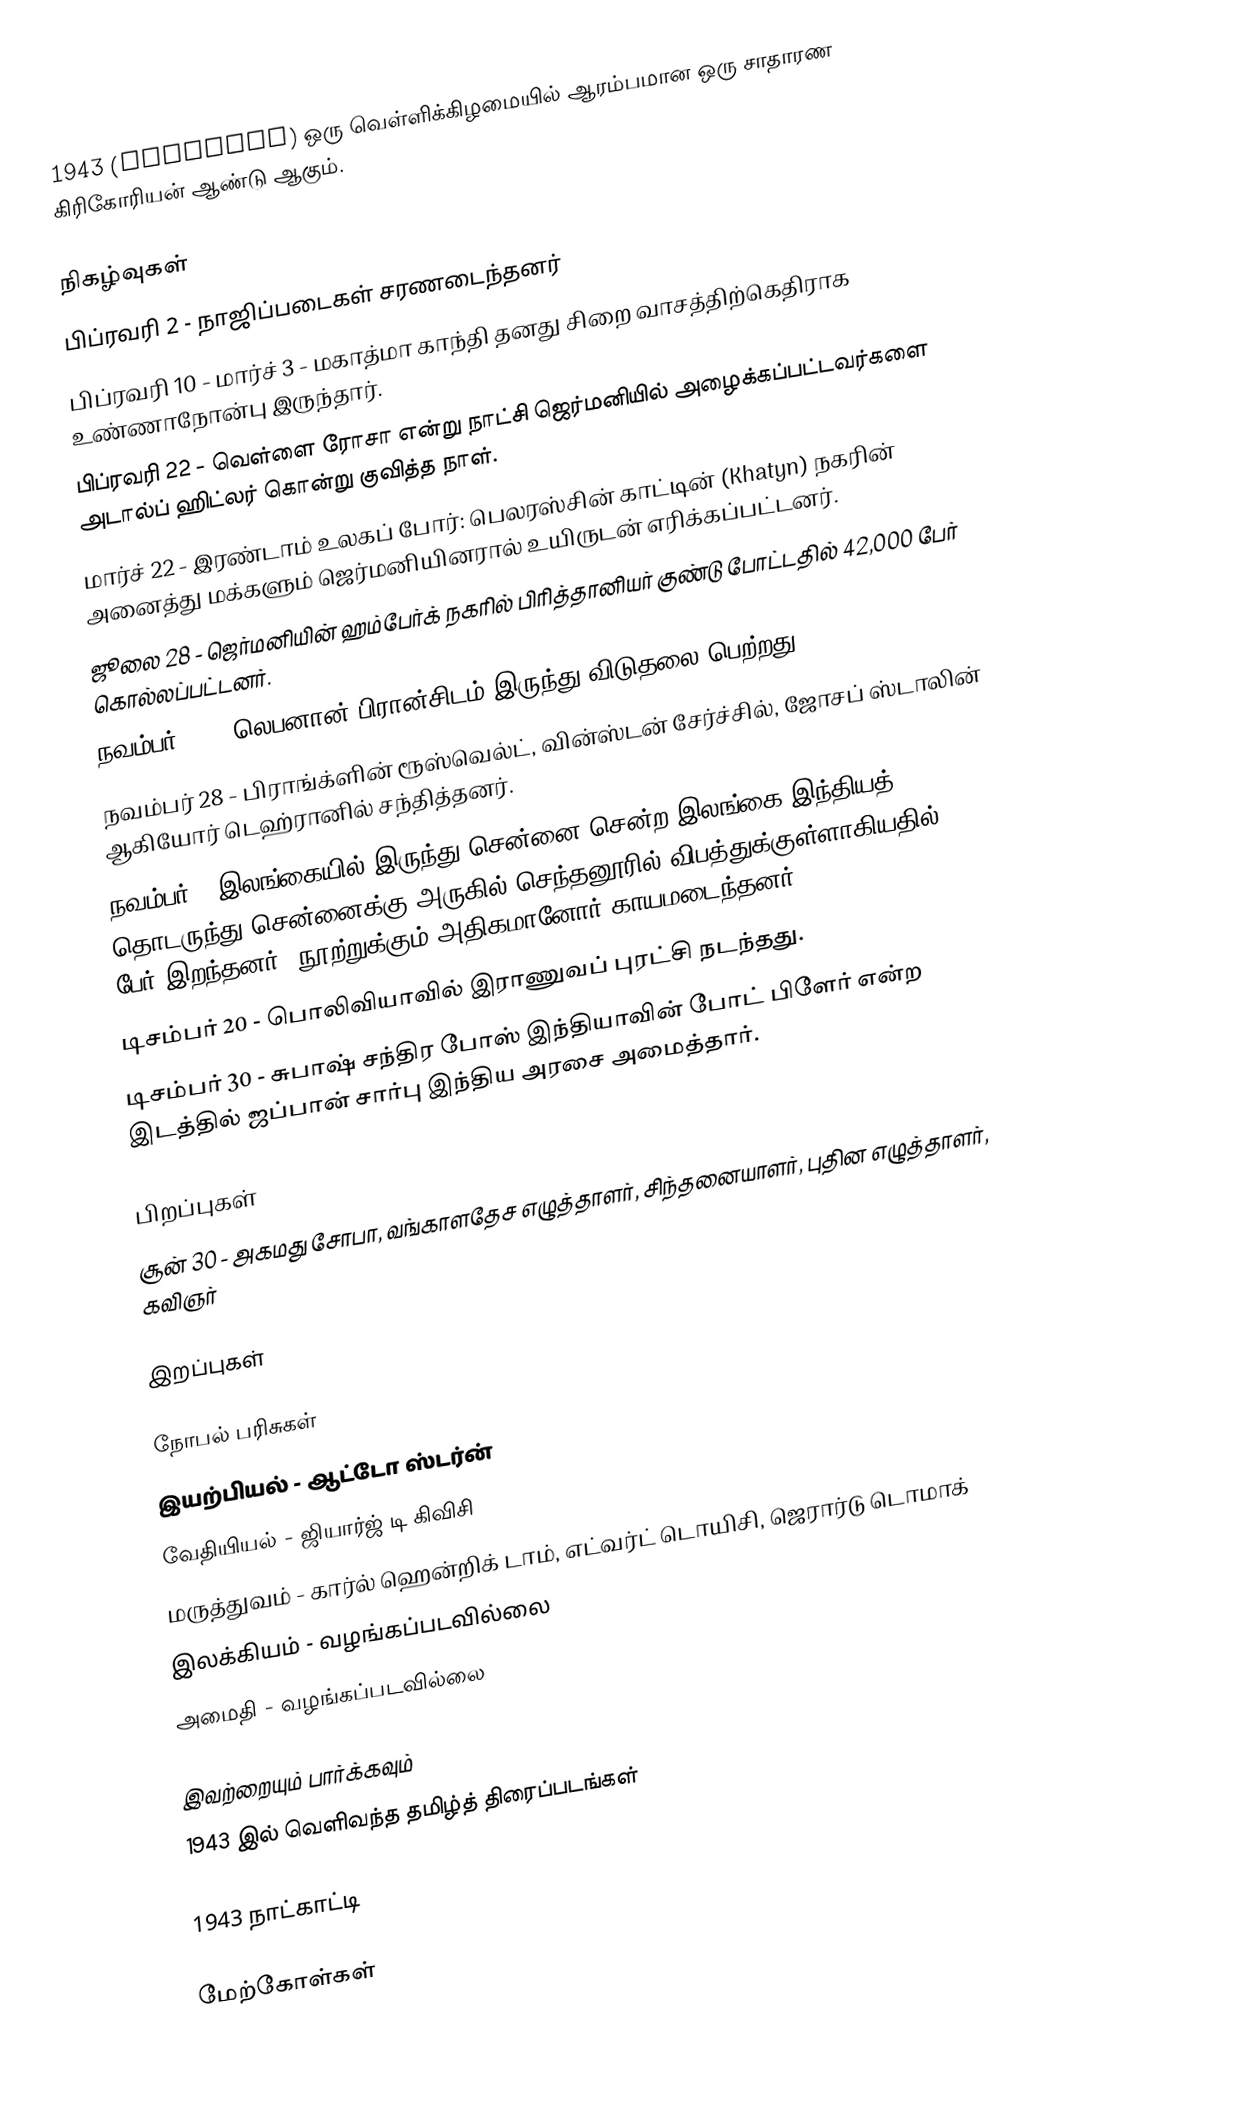
1943  (MCMXLIII) ஒரு வெள்ளிக்கிழமையில் ஆரம்பமான ஒரு சாதாரண கிரிகோரியன் ஆண்டு ஆகும்.

நிகழ்வுகள்
பிப்ரவரி 2 - நாஜிப்படைகள் சரணடைந்தனர்
பிப்ரவரி 10 - மார்ச் 3 - மகாத்மா காந்தி தனது சிறை வாசத்திற்கெதிராக உண்ணாநோன்பு இருந்தார்.
பிப்ரவரி 22 - வெள்ளை ரோசா என்று நாட்சி ஜெர்மனியில் அழைக்கப்பட்டவர்களை அடால்ப் ஹிட்லர் கொன்று குவித்த நாள்.
மார்ச் 22 - இரண்டாம் உலகப் போர்: பெலரஸ்சின் காட்டின் (Khatyn) நகரின் அனைத்து மக்களும் ஜெர்மனியினரால் உயிருடன் எரிக்கப்பட்டனர்.
ஜூலை 28 - ஜெர்மனியின் ஹம்பேர்க் நகரில் பிரித்தானியர் குண்டு போட்டதில் 42,000 பேர் கொல்லப்பட்டனர்.
நவம்பர் 22 - லெபனான் பிரான்சிடம் இருந்து விடுதலை பெற்றது.
நவம்பர் 28 - பிராங்க்ளின் ரூஸ்வெல்ட், வின்ஸ்டன் சேர்ச்சில், ஜோசப் ஸ்டாலின் ஆகியோர் டெஹ்ரானில் சந்தித்தனர்.
நவம்பர் - இலங்கையில் இருந்து சென்னை சென்ற இலங்கை-இந்தியத் தொடருந்து சென்னைக்கு அருகில் செந்தனூரில் விபத்துக்குள்ளாகியதில் 30 பேர் இறந்தனர். நூற்றுக்கும் அதிகமானோர் காயமடைந்தனர்.
டிசம்பர் 20 - பொலிவியாவில் இராணுவப் புரட்சி நடந்தது.
டிசம்பர் 30 - சுபாஷ் சந்திர போஸ் இந்தியாவின் போட் பிளேர் என்ற இடத்தில் ஜப்பான் சார்பு இந்திய அரசை அமைத்தார்.

பிறப்புகள்
 சூன் 30 - அகமது சோபா, வங்காளதேச எழுத்தாளர், சிந்தனையாளர், புதின எழுத்தாளர், கவிஞர்

இறப்புகள்

நோபல் பரிசுகள்
 இயற்பியல் - ஆட்டோ ஸ்டர்ன்
 வேதியியல் - ஜியார்ஜ் டி கிவிசி
 மருத்துவம் - கார்ல் ஹென்றிக் டாம், எட்வர்ட் டொயிசி, ஜெரார்டு டொமாக்
 இலக்கியம் - வழங்கப்படவில்லை
 அமைதி - வழங்கப்படவில்லை

இவற்றையும் பார்க்கவும்
 1943 இல் வெளிவந்த தமிழ்த் திரைப்படங்கள்

1943 நாட்காட்டி

மேற்கோள்கள்